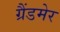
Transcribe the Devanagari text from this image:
ग्रैंडमेर